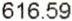
616.59